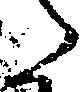
た